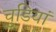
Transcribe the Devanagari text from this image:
चुडियां